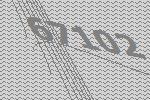
67102